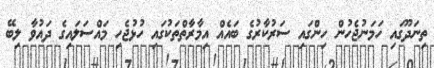
ތިނަދޫގައި ހަމަނުޖެހުން ހިންގައި ސަރުކާރުގެ ބައެއް އިމާރާތްތަކުގައި ހުޅުޖެހި މައްސަލައިގެ ދައުވާ ލިބޭ